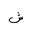
Letter: _shin